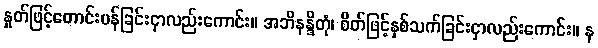
နှုတ်ဖြင့်တောင်းပန်ခြင်းငှာလည်းကောင်း။ အဘိနန္ဒိတုံ၊ စိတ်ဖြင့်နှစ်သက်ခြင်းငှာလည်းကောင်း။ န